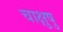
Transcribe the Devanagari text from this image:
चाक्षुषु